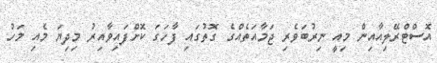
އޮސްޓްރޭލިއާއިން މިއީ ނިރުބަވެރި ޖަމާއަތެއްގެ ގޮތުގައި ފާހަގަ ކޮށްފައިވާއިރު މިދިޔަ މެއި މަހު